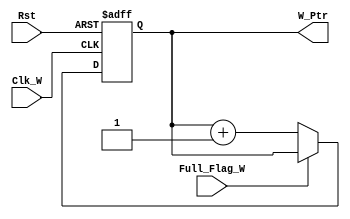
module Write_Ptr # (
    parameter WIDTH = 4
)(
    input  wire Clk_W,
    input  wire Rst,
    input  wire Full_Flag_W,
    output reg  W_Ptr
);

always @ (posedge Clk_W or negedge Rst)
    if (!Rst)
        W_Ptr <= 'd0;
    else if (!Full_Flag_W)
        W_Ptr <= W_Ptr + 1'b1;
endmodule